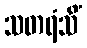
သတရံသိံ